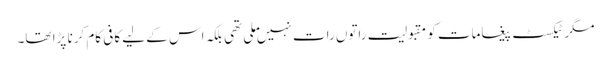
مگر ٹیکسٹ پیغامات کو مقبولیت راتوں رات نہیں ملی تھی بلکہ اس کے لیے کافی کام کرنا پڑا تھا۔